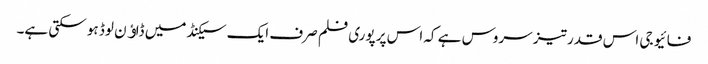
فائیو جی اس قدر تیز سروس ہے کہ اس پر پوری فلم صرف ایک سیکنڈ میں ڈاﺅن لوڈ ہو سکتی ہے۔